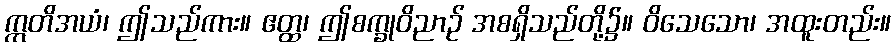
ဣတိအယံ၊ ဤသည်ကား။ ဧတ္ထ၊ ဤစက္ခုဝိညာဉ် အစရှိသည်တို့၌။ ဝိသေသော၊ အထူးတည်း။